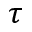
\tau